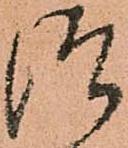
つ